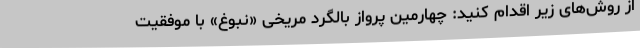
از روش‌های زیر اقدام کنید: چهارمین پرواز بالگرد مریخی «نبوغ» با موفقیت